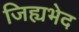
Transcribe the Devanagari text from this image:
जिह्यभेद